Report of an investigation into the causes of the diseases known in Assam as Kála-Azár and Beri-Beri
Disease focus: Beri-Beri
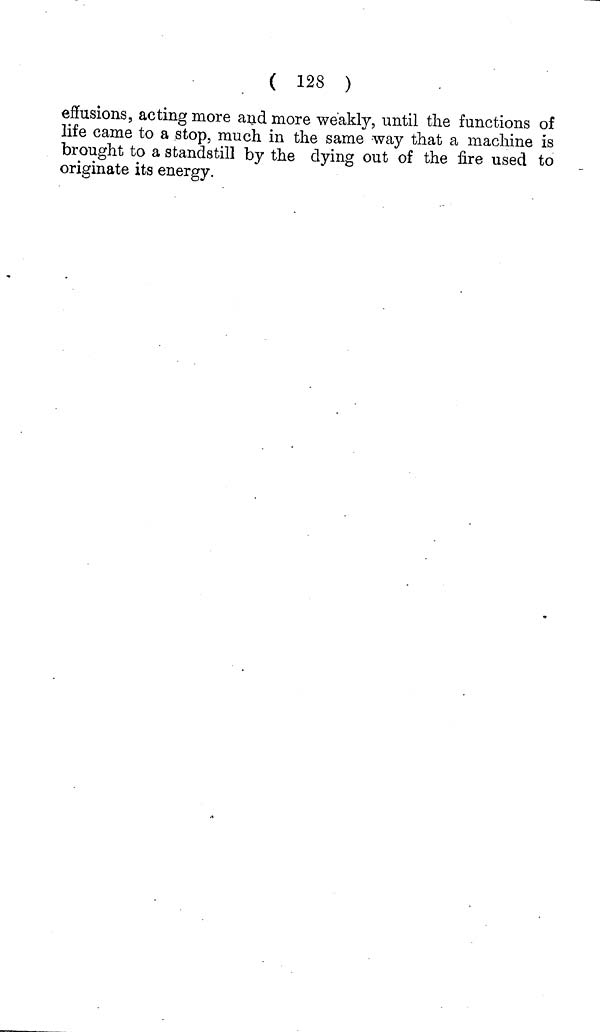
( 128 )
effusions, acting more and more weakly, until the functions of
life came to a stop, much in the same way that a machine is
brought to a standstill by the dying out of the fire used to
originate its energy.